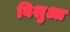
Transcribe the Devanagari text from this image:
विशुआ